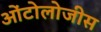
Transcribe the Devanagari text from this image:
ओंटोलोजीस